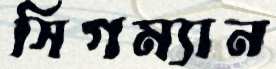
সিগম্যান